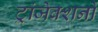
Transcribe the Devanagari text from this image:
ट्रांजेक्शनों